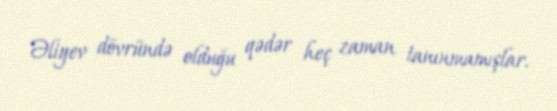
Əliyev dövründə olduğu qədər heç zaman tanınmamışlar.